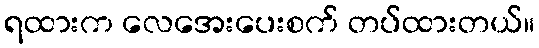
ရထားက လေအေးပေးစက် တပ်ထားတယ်။